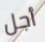
أجل